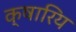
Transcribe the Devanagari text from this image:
क्षारिय